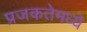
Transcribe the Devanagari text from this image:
प्रजकतेमध्ये